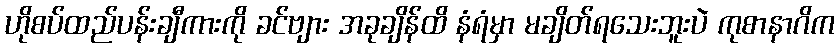
ဟိုစပ်ထည်ပန်းချီကားကို ခင်ဗျား အခုချိန်ထိ နံရံမှာ မချိတ်ရသေးဘူးပဲ ကုစာနာဂိက